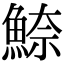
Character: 䱞